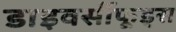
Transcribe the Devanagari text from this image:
डाइवर्सीफूड्स